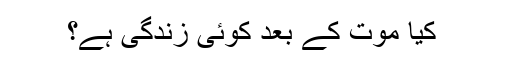
﻿ کیا موت کے بعد کوئی زندگی ہے؟